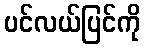
ပင်လယ်ပြင်ကို